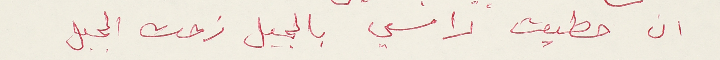
ان حطيت راسي بالجبل زحت الجبل